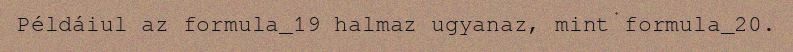
Példáiul az formula_19 halmaz ugyanaz, mint formula_20.